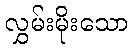
လွှမ်းမိုးသော